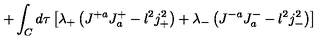
+ \int _ { C } d \tau \left[ \lambda _ { + } \left( J ^ { + a } J _ { a } ^ { + } - l ^ { 2 } j _ { + } ^ { 2 } \right) + \lambda _ { - } \left( J ^ { - a } J _ { a } ^ { - } - l ^ { 2 } j _ { - } ^ { 2 } \right) \right]